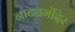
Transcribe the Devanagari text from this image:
नाट्यमंदिर